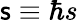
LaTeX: {\sf s}\equiv\hbar s